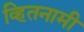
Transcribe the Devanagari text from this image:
व्हितनामी